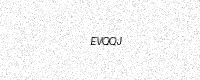
Text: EVQQJ